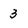
Character: 3